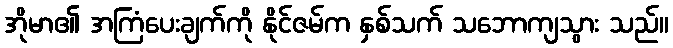
အိုမာ၏ အကြံပေးချက်ကို နိုင်ဇမ်က နှစ်သက် သဘောကျသွား သည်။